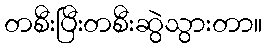
တစီးပြီးတစီးဆွဲသွားတာ။